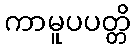
ကာမူပပတ္တိ